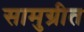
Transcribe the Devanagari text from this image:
सामुग्रीत